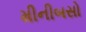
મીનીબસો